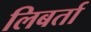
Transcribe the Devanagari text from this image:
लिबर्ता